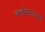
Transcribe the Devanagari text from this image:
चर्चासत्रातल्या